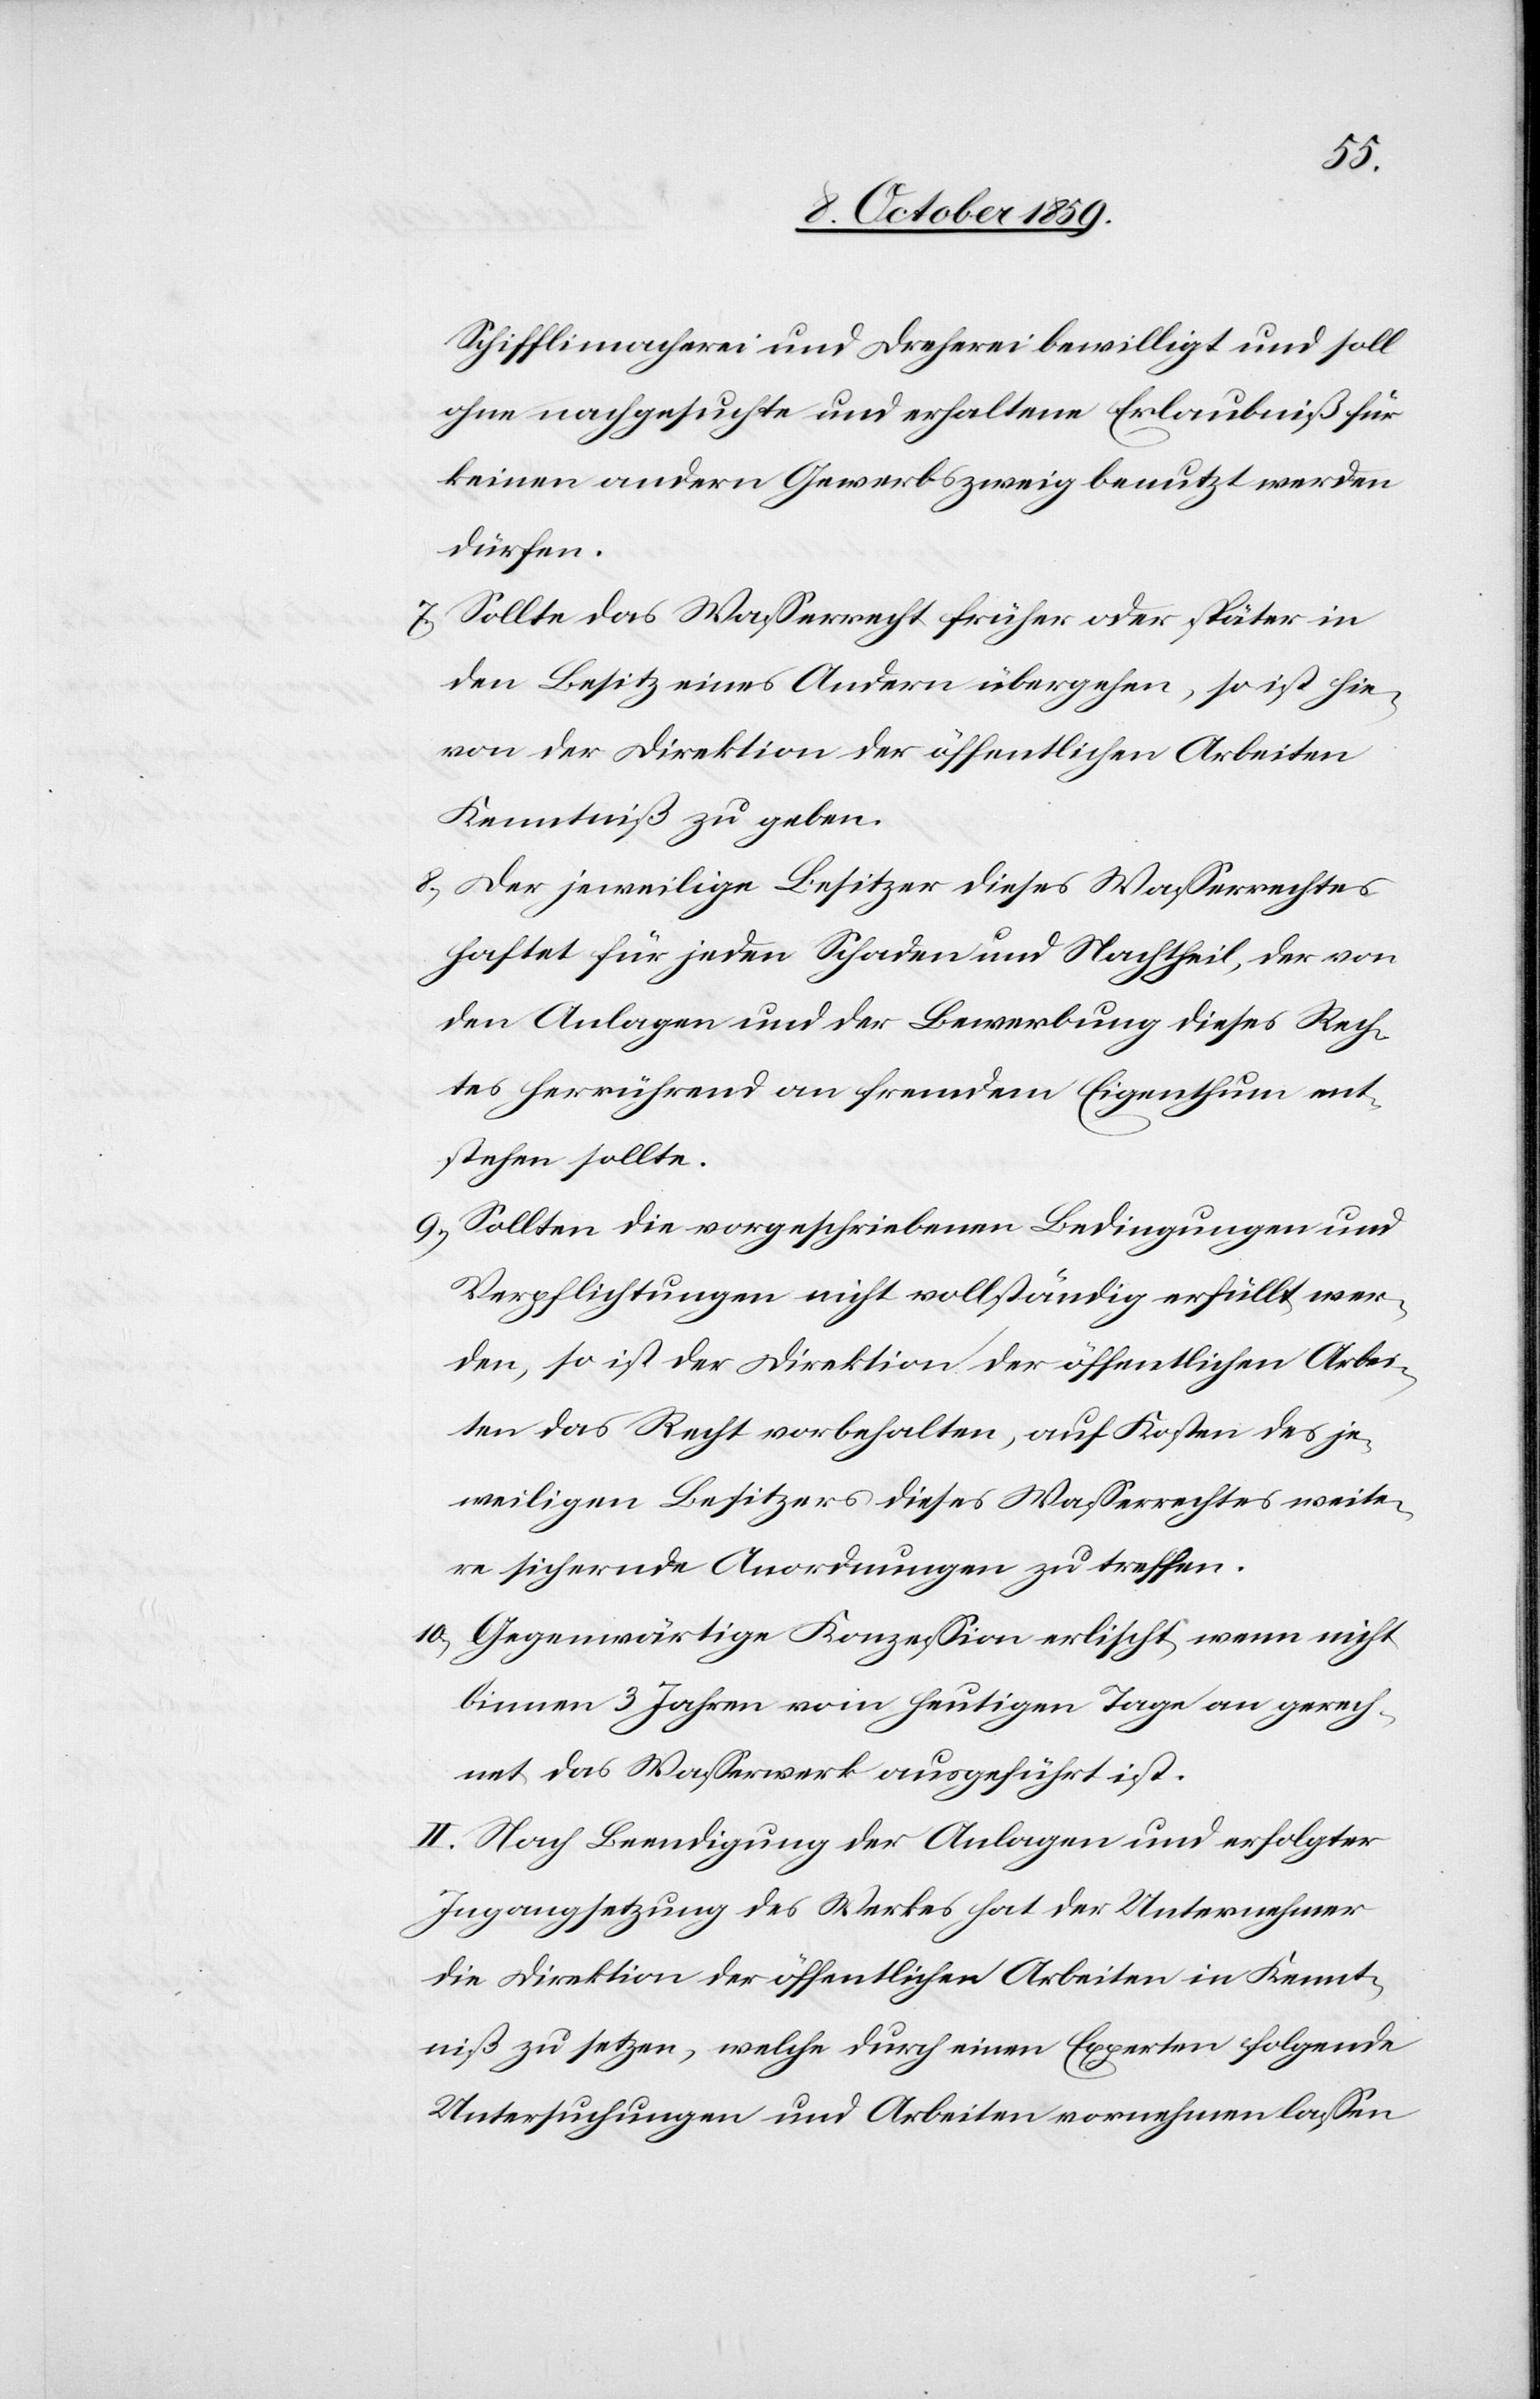
Schifflimacherei und Dreherei bewilligt und soll
ahne nachgesuchte und erhaltene Erlaubniß für
keinen anderen Gewebszweig benutzt werden
dürfen.
7.) Sollte das Wasserrecht früher oder später in
den Besitz eines Anderen übergehen, so ist hie¬
von der Direktion der öffentlichen Arbeiten
Kenntniß zu geben.
8.) Der jeweilige Besitzer dieses Wasserrechtes
haftet für jeden Schaden und Nachteil, der von
den Anlagen und der Bewerbung dieses Rech¬
tes herrührend an fremdem Eigenthum ent¬
stehen sollte.
9.) Sollten die vorgeschriebenen Bedingungen und
Verpflichtungen nicht vollständig erfüllt wer¬
den, so ist der Direktion der öffentlichen Arbei¬
ten das Recht vorbehalten, auf Kosten des je¬
weiligen Besitzers dieses Wasserrechtes weite¬
re sichernde Anordnungen zu treffen.
10.) Gegenwärtige Konzession erlischt, wenn nicht
binnen 3 Jahren vom heutigen Tage an gerech¬
net das Wasserwerk ausgeführt ist.
II. Nach Beendigung der Anlagen und erfolgter
Ingangsetzung des Werkes hat der Unternehmer
die Direktion der öffentlichen Arbeiten in Kennt¬
niß zu setzten, welche durch einen Experten folgende
Untersuchungen und Arbeiten vornehmen lassen